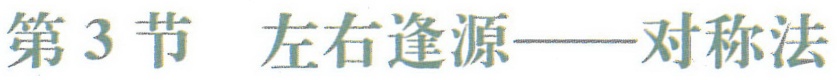
第3节 左右逢源——对称法